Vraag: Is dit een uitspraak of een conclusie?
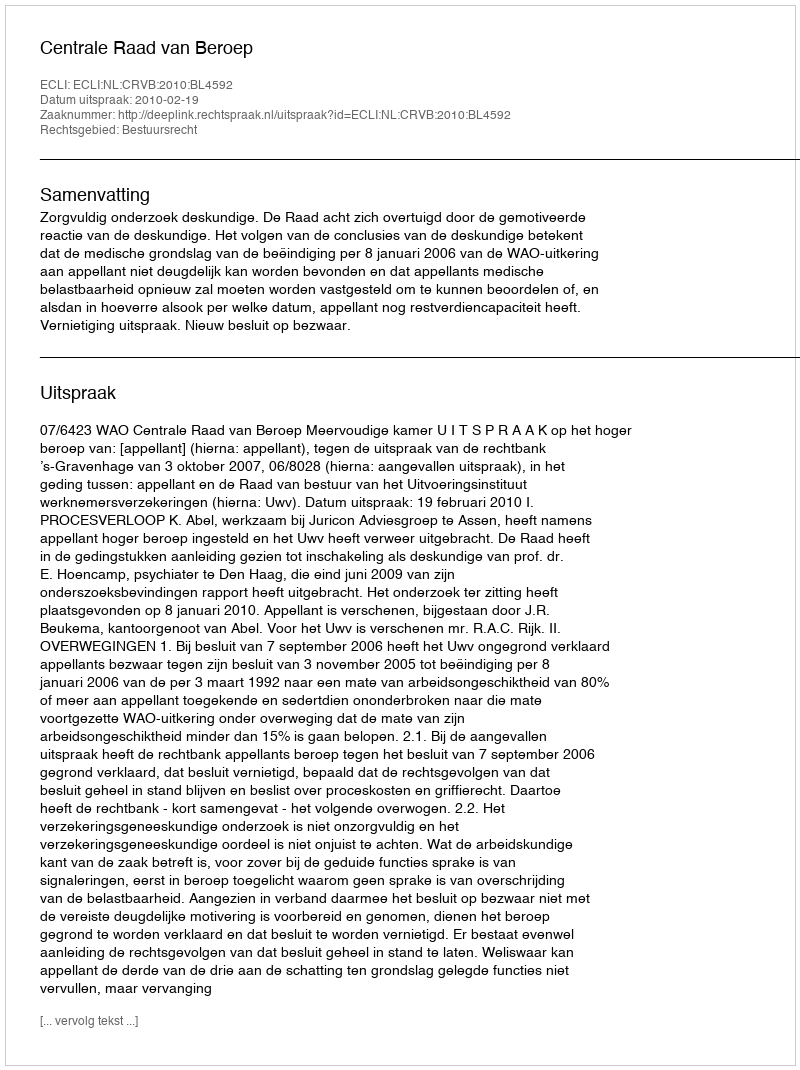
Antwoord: Uitspraak